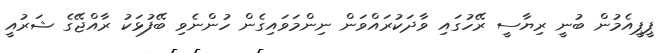
ޕީޕީއެމުން ބުނީ ރިޔާސީ ރޭހުގައި ވާދަކުރައްވަން ނިންމަވައިގެން ހުންނެވި ބޭފުޅަކު ރާއްޖޭގެ ޝަރުއީ